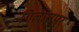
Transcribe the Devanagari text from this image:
गिलासपुर